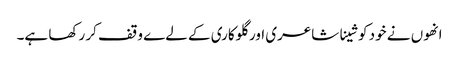
انھوں نے خود کو شینا شاعری اور گلوکاری کے لےے وقف کر رکھا ہے۔